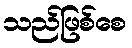
သည်ဖြစ်စေ